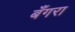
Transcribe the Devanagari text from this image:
बँगरा